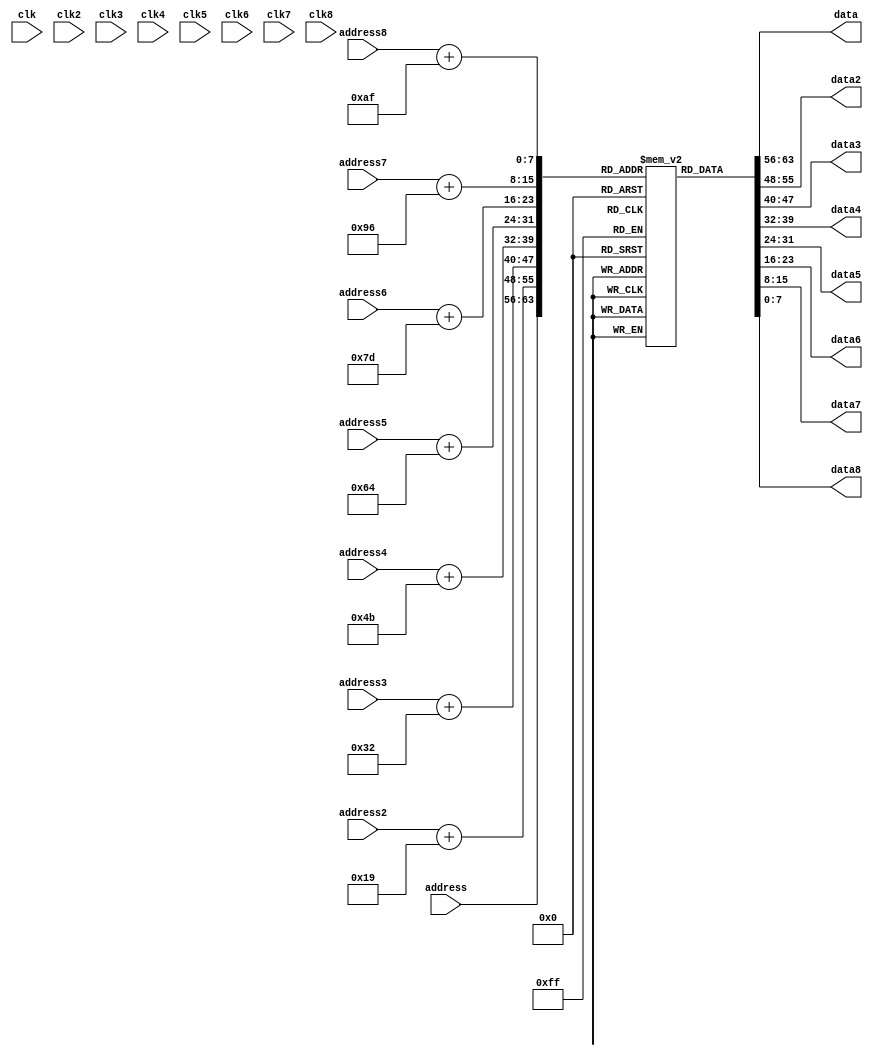
`timescale 1ns / 1ps
//////////////////////////////////////////////////////////////////////////////////
// Company: 
// Engineer: 
// 
// Design Name: 
// Module Name:    array_rom 
// Project Name: 
// Target Devices: 
// Tool versions: 
// Description: 
//
// Dependencies: 
//
// Revision: 
// Revision 0.01 - File Created
// Additional Comments: 
//
//////////////////////////////////////////////////////////////////////////////////
module array_rom(
    address,
	 address2,
	 address3,
	 address4,
	 address5,
	 address6,
	 address7,
	 address8,
	 data,
	 data2,
	 data3,
	 data4,
	 data5,
	 data6,
	 data7,
	 data8,
	 clk,
	 clk2,
	 clk3,
	 clk4,
	 clk5,
	 clk6,
	 clk7,
	 clk8
	 );
	 
	 input [7:0] address;
	 input [7:0] address2;
	 input [7:0] address3;
	 input [7:0] address4;
	 input [7:0] address5;
	 input [7:0] address6;
	 input [7:0] address7;
	 input [7:0] address8;
	 input clk;
	 input clk2;
	 input clk3;
	 input clk4;
	 input clk5;
	 input clk6;
	 input clk7;
	 input clk8;
	 output reg [7:0] data;
	 output reg [7:0] data2;
	 output reg [7:0] data3;
	 output reg [7:0] data4;
	 output reg [7:0] data5;
	 output reg [7:0] data6;
	 output reg [7:0] data7;
	 output reg [7:0] data8;
	 
	 reg [7:0] memory [199:0]; 
	 initial begin 
	 memory[0] = 0;
	 memory[1] = 1;
	 memory[2] = 2;
	 memory[3] = 3; // 1
	 memory[4] = 4;
	 memory[5] = 5;
	 memory[6] = 6;
	 memory[7] = 7;
	 memory[8] = 8;
	 memory[9] = 9;
	 memory[10] = 3; // 2
	 memory[11] = 11;
	 memory[12] = 12;
	 memory[13] = 13;
	 memory[14] = 14;
	 memory[15] = 15;
	 memory[16] = 16;
	 memory[17] = 17;
	 memory[18] = 18;
	 memory[19] = 19;
	 memory[20] = 3; // 3
	 memory[21] = 21;
	 memory[22] = 22;
	 memory[23] = 23;
	 memory[24] = 24;
	 memory[25] = 25;
	 memory[26] = 26;
	 memory[27] = 27;
	 memory[28] = 28;
	 memory[29] = 29;
	 memory[30] = 3; // 4
	 memory[31] = 31;
	 memory[32] = 32;
	 memory[33] = 33;
	 memory[34] = 34;
	 memory[35] = 35;
	 memory[36] = 36;
	 memory[37] = 37;
	 memory[38] = 38;
	 memory[39] = 39;
	 memory[40] = 3; // 5
	 memory[41] = 41;
	 memory[42] = 42;
	 memory[43] = 43;
	 memory[44] = 44;
	 memory[45] = 45;
	 memory[46] = 46;
	 memory[47] = 47;
	 memory[48] = 48;
	 memory[49] = 49;
	 memory[50] = 3; // 6
	 memory[51] = 51;
	 memory[52] = 52;
	 memory[53] = 53;
	 memory[54] = 54;
	 memory[55] = 55;
	 memory[56] = 56;
	 memory[57] = 57;
	 memory[58] = 58;
	 memory[59] = 59;
	 memory[60] = 60;
	 memory[61] = 61;
	 memory[62] = 62;
	 memory[63] = 63;
	 memory[64] = 64;
	 memory[65] = 65;
	 memory[66] = 66;
	 memory[67] = 67;
	 memory[68] = 68;
	 memory[69] = 69;
	 memory[70] = 70;
	 memory[71] = 71;
	 memory[72] = 72;
	 memory[73] = 73;
	 memory[74] = 74;
	 memory[75] = 75;
	 memory[76] = 76;
	 memory[77] = 77;
	 memory[78] = 78;
	 memory[79] = 79;
	 memory[80] = 80;
	 memory[81] = 81;
	 memory[82] = 82;
	 memory[83] = 83;
	 memory[84] = 84;
	 memory[85] = 85;
	 memory[86] = 86;
	 memory[87] = 87;
	 memory[88] = 88;
	 memory[89] = 89;
	 memory[90] = 3; // 7
	 memory[91] = 91;
	 memory[92] = 92;
	 memory[93] = 93;
	 memory[94] = 94;
	 memory[95] = 95;
	 memory[96] = 96;
	 memory[97] = 97;
	 memory[98] = 98;
	 memory[99] = 99;
	 memory[100] = 100;
	 memory[101] = 101;
	 memory[102] = 102;
	 memory[103] = 103;
	 memory[104] = 104;
	 memory[105] = 105;
	 memory[106] = 106;
	 memory[107] = 107;
	 memory[108] = 108;
	 memory[109] = 109;
	 memory[110] = 3; // 8
	 memory[111] = 111;
	 memory[112] = 112;
	 memory[113] = 113;
	 memory[114] = 114;
	 memory[115] = 115;
	 memory[116] = 116;
	 memory[117] = 117;
	 memory[118] = 118;
	 memory[119] = 119;
	 memory[120] = 3; // 9
	 memory[121] = 121;
	 memory[122] = 122;
	 memory[123] = 123;
	 memory[124] = 124;
	 memory[125] = 125;
	 memory[126] = 126;
	 memory[127] = 127;
	 memory[128] = 128;
	 memory[129] = 129;
	 memory[130] = 3; // 10
	 memory[131] = 131;
	 memory[132] = 132;
	 memory[133] = 133;
	 memory[134] = 134;
	 memory[135] = 135;
	 memory[136] = 136;
	 memory[137] = 137;
	 memory[138] = 138;
	 memory[139] = 139;
	 memory[140] = 3; // 11
	 memory[141] = 141;
	 memory[142] = 142;
	 memory[143] = 143;
	 memory[144] = 144;
	 memory[145] = 145;
	 memory[146] = 146;
	 memory[147] = 147;
	 memory[148] = 148;
	 memory[149] = 149;
	 memory[150] = 150; 
	 memory[151] = 151;
	 memory[152] = 152;
	 memory[153] = 153;
	 memory[154] = 154;
	 memory[155] = 155;
	 memory[156] = 156;
	 memory[157] = 157;
	 memory[158] = 158;
	 memory[159] = 159;
	 memory[160] = 160;
	 memory[161] = 161;
	 memory[162] = 162;
	 memory[163] = 163;
	 memory[164] = 164;
	 memory[165] = 165;
	 memory[166] = 166;
	 memory[167] = 167;
	 memory[168] = 168;
	 memory[169] = 169;
	 memory[170] = 170;
	 memory[171] = 171;
	 memory[172] = 172;
	 memory[173] = 173;
	 memory[174] = 174;
	 memory[175] = 175;
	 memory[176] = 176;
	 memory[177] = 177;
	 memory[178] = 178;
	 memory[179] = 179;
	 memory[180] = 3; // 13
	 memory[181] = 3; // 14 
	 memory[182] = 3; // 14
	 memory[183] = 183;
	 memory[184] = 184;
	 memory[185] = 185;
	 memory[186] = 186;
	 memory[187] = 187;
	 memory[188] = 188;
	 memory[189] = 189;
	 memory[190] = 190;
	 memory[191] = 191;
	 memory[192] = 192;
	 memory[193] = 193;
	 memory[194] = 194;
	 memory[195] = 195;
	 memory[196] = 196;
	 memory[197] = 197;
	 memory[198] = 198;
	 memory[199] = 199;
	 end
	 
	 always@(clk)
		begin
			data = memory[address];
		end
	always@(clk2)
		begin
			data2 = memory[address2 + 25];
		end
	always@(clk3)
		begin
			data3 = memory[address3 + 50];
		end
	always@(clk4)
		begin
			data4 = memory[address4 + 75];
		end
		always@(clk5)
		begin
			data5 = memory[address5 + 100];
		end
	always@(clk6)
		begin
			data6 = memory[address6 + 125];
		end
	always@(clk7)
		begin
			data7 = memory[address7 + 150];
		end
	always@(clk8)
		begin
			data8 = memory[address8 + 175];
		end
endmodule